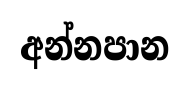
අන්නපාන